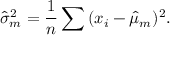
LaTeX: { \widehat { \sigma } } _ { m } ^ { 2 } = { \frac { 1 } { n } } \sum { ( x _ { i } - { \widehat { \mu } } _ { m } ) ^ { 2 } } .